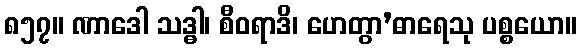
၈၅၇။ ဏာဒေါ သဒ္ဓါ၊ စီဝရာဒိ၊ ဟေတွာ’ဓာရေသု ပစ္စယော။